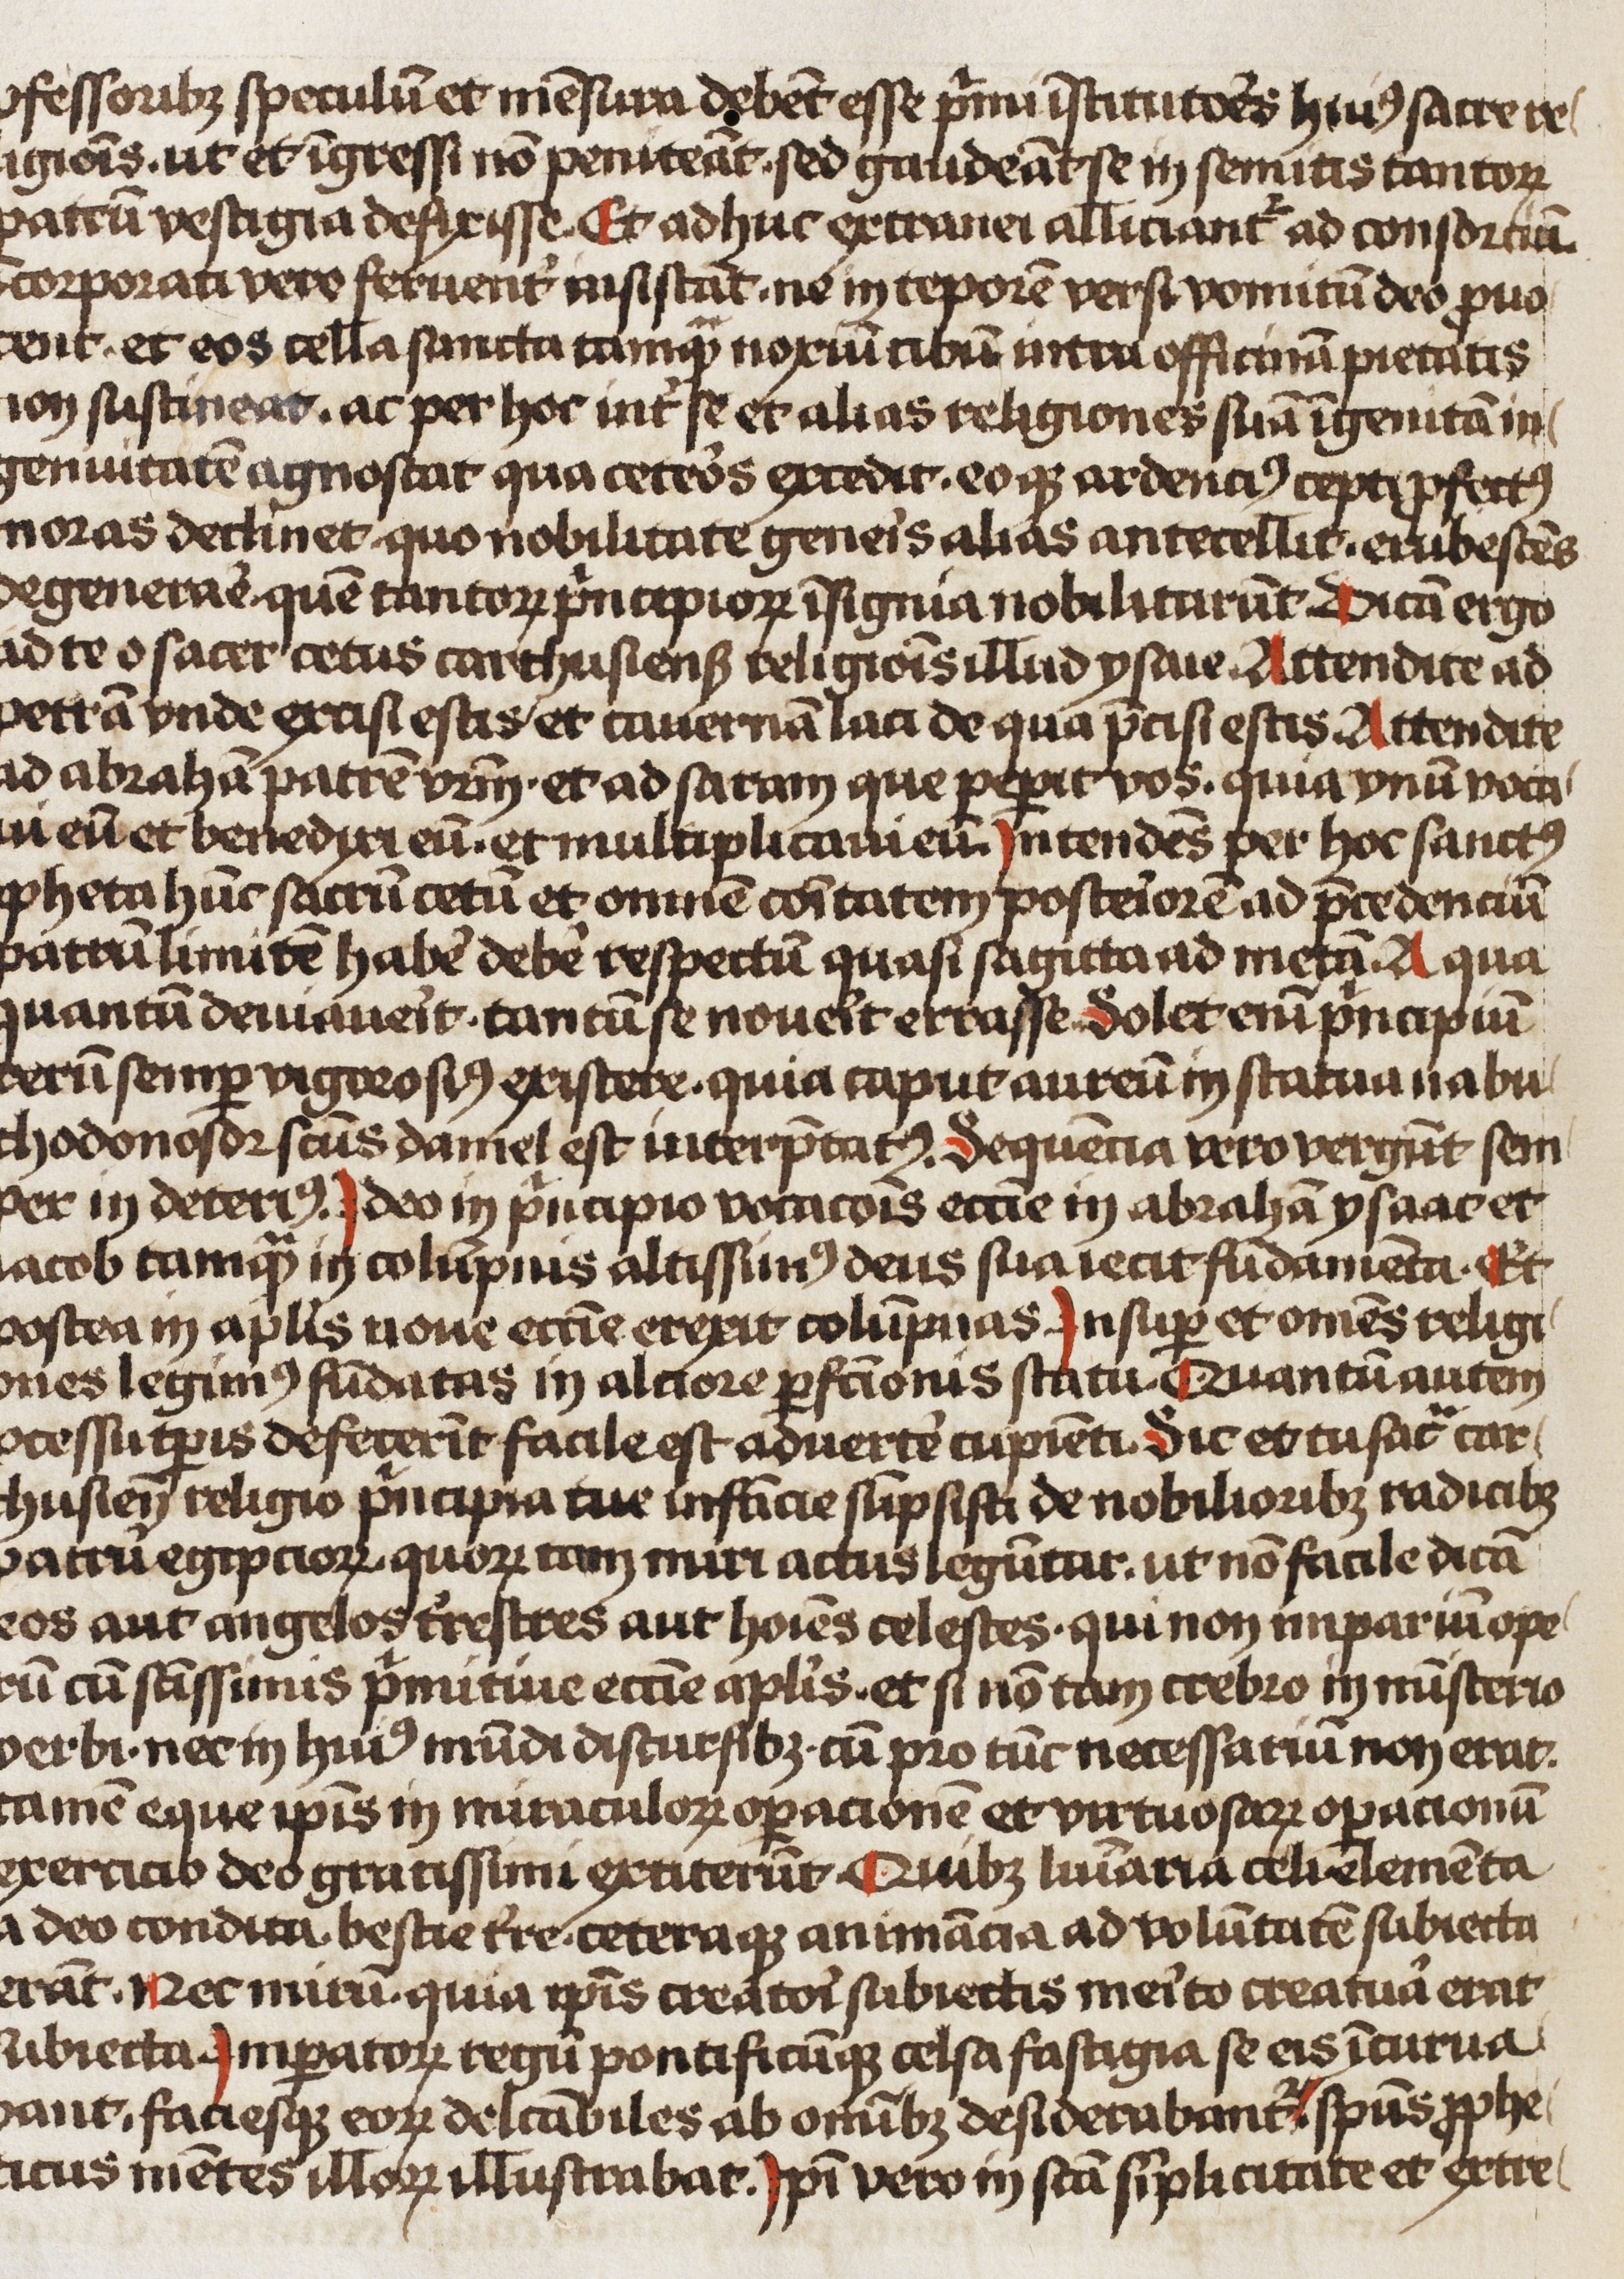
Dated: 1466–1466